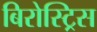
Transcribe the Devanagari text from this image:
बिरोस्ट्रिस